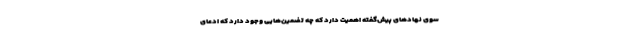
سوی نهادهای پیش‌گفته اهمیت دارد که چه تضمین‌هایی وجود دارد که ادعای